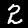
Digit: 2